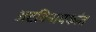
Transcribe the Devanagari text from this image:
अष्टविनायकांत